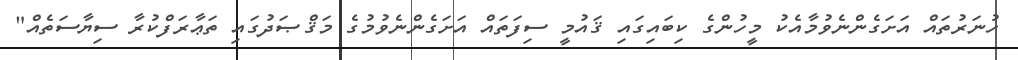
ހުނަރުތައް އަށަގެންނެވުމާއެކު މީހުންގެ ކިބައިގައި ޤައުމީ ސިފަތައް އަށަގެންނެވުމުގެ މަޤްޞަދުގައި ތަޢާރަފްކުރާ ސިޔާސަތެއް"